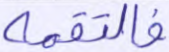
فالتقمه